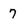
Character: 7